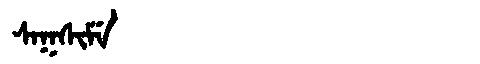
Manchu: ᠰᠠᡴᠰᡳᠮᡝ
Romanization: SAKSIME